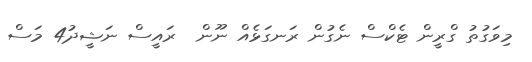
މިވަގުތު ގްރީން ޓެކްސް ނެގުން ރަނގަޅެއް ނޫން  ރައީސް ނަޝީދު4 މަސް